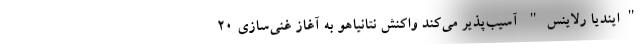
"ایندیا رلاینس" آسیب‌پذیر می‌کند واکنش نتانیاهو به آغاز غنی‌سازی ۲۰